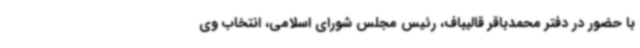
با حضور در دفتر محمدباقر قالیباف، رئیس مجلس شورای اسلامی، انتخاب وی